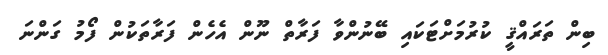
ބިން ތަރައްޤީ ކުރުމަށްޓަކައި ބޭނުންވާ ފަރާތް ނޫން އެހެން ފަރާތަކުން ފޯމު ގަންނަ